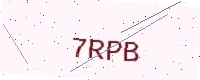
Text: 7RPB